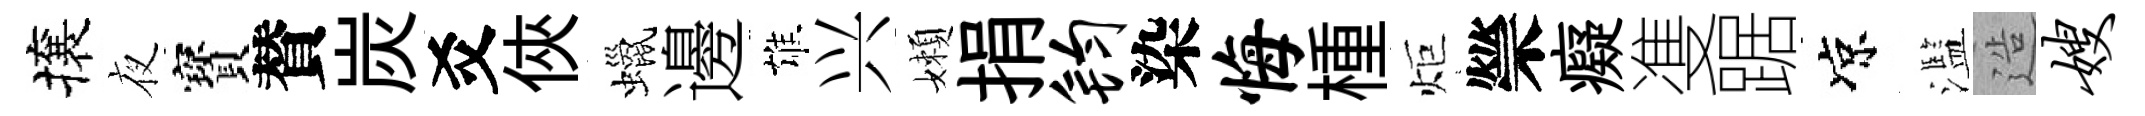
攘夜寳賛炭爻俠蠟邊雄兴嬾捐钧染悔㮔炬禜癡㕠踞凉濫造嫂